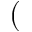
(